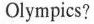
Olympics?